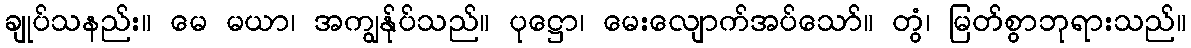
ချုပ်သနည်း။ မေ မယာ၊ အကျွန်ုပ်သည်။ ပုဋ္ဌော၊ မေးလျောက်အပ်သော်။ တွံ၊ မြတ်စွာဘုရားသည်။